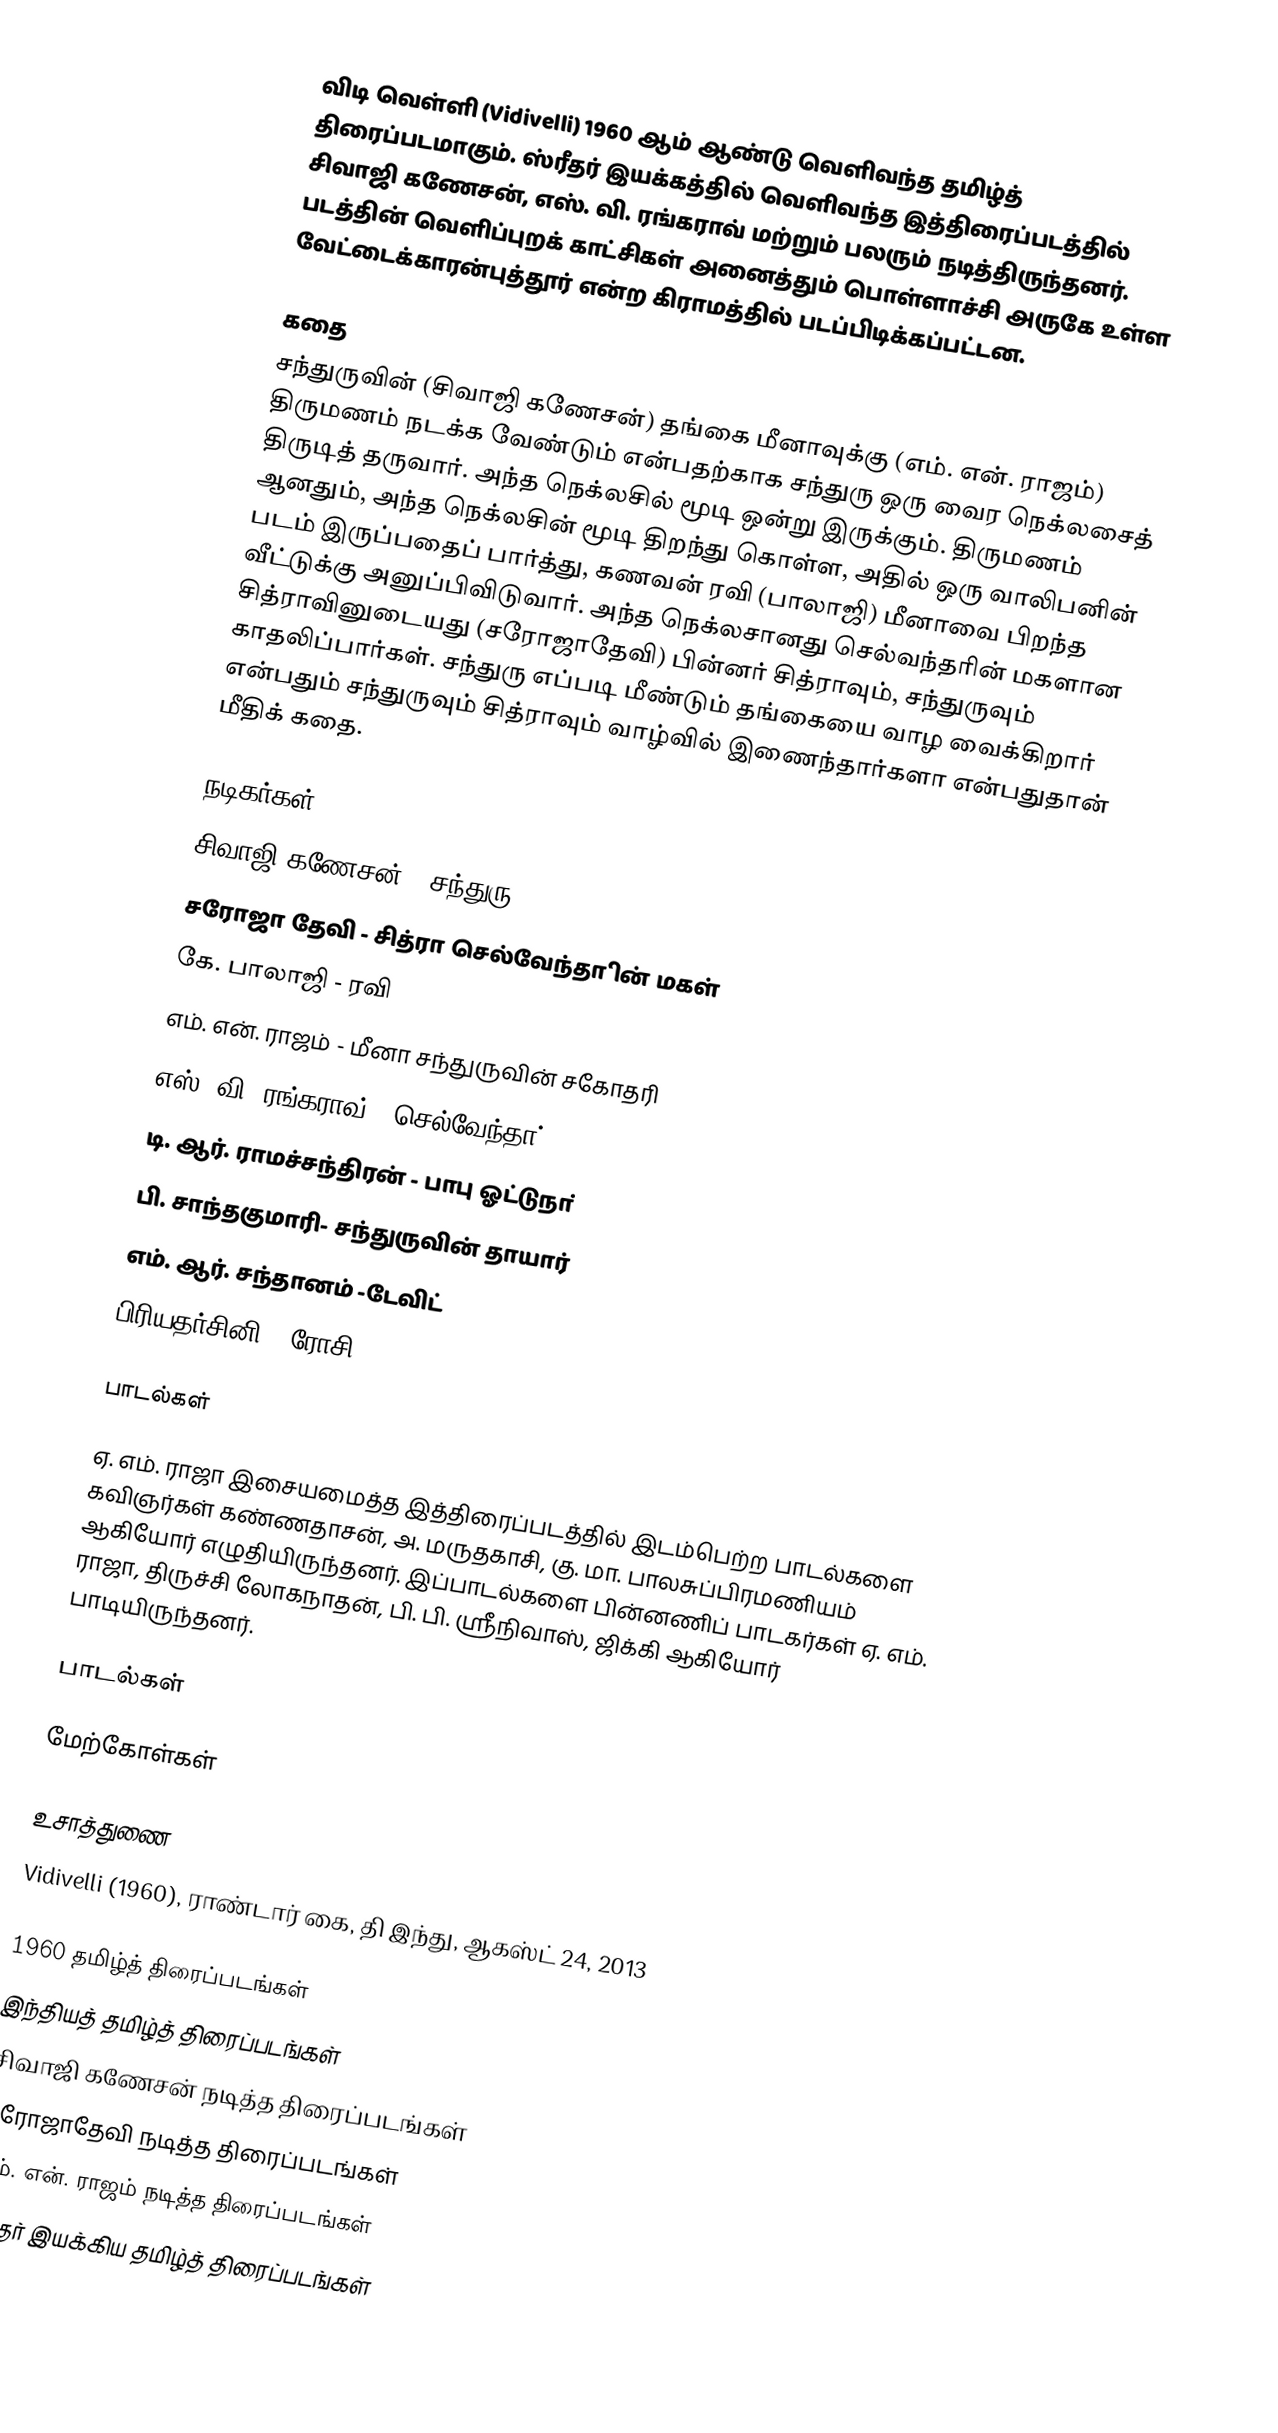
விடி வெள்ளி (Vidivelli) 1960 ஆம் ஆண்டு வெளிவந்த தமிழ்த் திரைப்படமாகும். ஸ்ரீதர் இயக்கத்தில் வெளிவந்த இத்திரைப்படத்தில் சிவாஜி கணேசன், எஸ். வி. ரங்கராவ் மற்றும் பலரும் நடித்திருந்தனர். படத்தின் வெளிப்புறக் காட்சிகள் அனைத்தும் பொள்ளாச்சி அருகே உள்ள வேட்டைக்காரன்புத்தூர் என்ற கிராமத்தில் படப்பிடிக்கப்பட்டன.

கதை
சந்துருவின் (சிவாஜி கணேசன்) தங்கை மீனாவுக்கு (எம். என். ராஜம்) திருமணம் நடக்க வேண்டும் என்பதற்காக சந்துரு ஒரு வைர நெக்லசைத் திருடித் தருவார். அந்த நெக்லசில் மூடி ஒன்று இருக்கும். திருமணம் ஆனதும், அந்த நெக்லசின் மூடி திறந்து கொள்ள, அதில் ஒரு வாலிபனின் படம் இருப்பதைப் பார்த்து, கணவன் ரவி (பாலாஜி) மீனாவை பிறந்த வீட்டுக்கு அனுப்பிவிடுவார்.  அந்த நெக்லசானது செல்வந்தரின் மகளான சித்ராவினுடையது (சரோஜாதேவி) பின்னர் சித்ராவும், சந்துருவும் காதலிப்பார்கள். சந்துரு எப்படி மீண்டும் தங்கையை வாழ வைக்கிறார் என்பதும் சந்துருவும் சித்ராவும் வாழ்வில் இணைந்தார்களா என்பதுதான் மீதிக் கதை.

நடிகர்கள்
 சிவாஜி கணேசன் - சந்துரு
 சரோஜா தேவி - சித்ரா செல்வேந்தாின் மகள்
 கே. பாலாஜி - ரவி
 எம். என். ராஜம் - மீனா சந்துருவின் சகோதரி
 எஸ். வி. ரங்கராவ் - செல்வேந்தா்
 டி. ஆர். ராமச்சந்திரன் - பாபு ஓட்டுநா்
 பி. சாந்தகுமாரி- சந்துருவின் தாயார்
 எம். ஆர். சந்தானம்  -டேவிட்
 பிரியதர்சினி - ரோசி

பாடல்கள்

ஏ. எம். ராஜா இசையமைத்த இத்திரைப்படத்தில் இடம்பெற்ற பாடல்களை கவிஞர்கள் கண்ணதாசன், அ. மருதகாசி, கு. மா. பாலசுப்பிரமணியம் ஆகியோர் எழுதியிருந்தனர். இப்பாடல்களை பின்னணிப் பாடகர்கள் ஏ. எம். ராஜா, திருச்சி லோகநாதன், பி. பி. ஸ்ரீநிவாஸ், ஜிக்கி ஆகியோர் பாடியிருந்தனர்.

பாடல்கள்

மேற்கோள்கள்

உசாத்துணை
 Vidivelli (1960), ராண்டார் கை, தி இந்து, ஆகஸ்ட் 24, 2013

1960 தமிழ்த் திரைப்படங்கள்
இந்தியத் தமிழ்த் திரைப்படங்கள்
சிவாஜி கணேசன் நடித்த திரைப்படங்கள்
சரோஜாதேவி நடித்த திரைப்படங்கள்
எம். என். ராஜம் நடித்த திரைப்படங்கள்
ஸ்ரீதர் இயக்கிய தமிழ்த் திரைப்படங்கள்